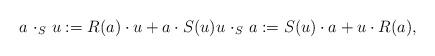
LaTeX: \begin{align*}a ~ {\cdot}_S ~ u := R(a) \cdot u + a \cdot S(u) u ~ {\cdot}_S ~ a := S(u) \cdot a + u \cdot R(a),\end{align*}